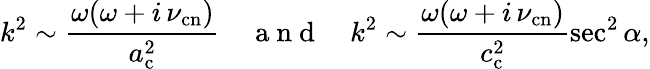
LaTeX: k^{2}\sim\frac{\omega(\omega+i\, \nu_{\mathrm{cn}})}{a_{\mathrm{c}}^{2}}\quad\mathrm{~a~n~d~}\quad k^{2}\sim\frac{\omega(\omega+i\, \nu_{\mathrm{cn}})}{c_{\mathrm{c}}^{2}}\sec^{2}\alpha,